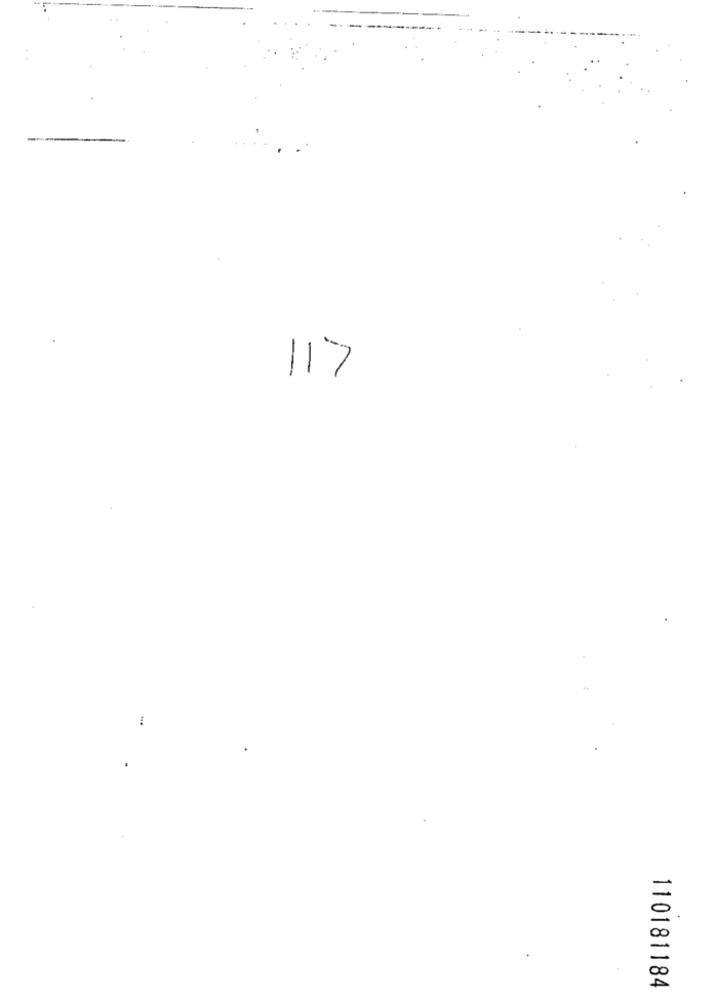
117
110181184